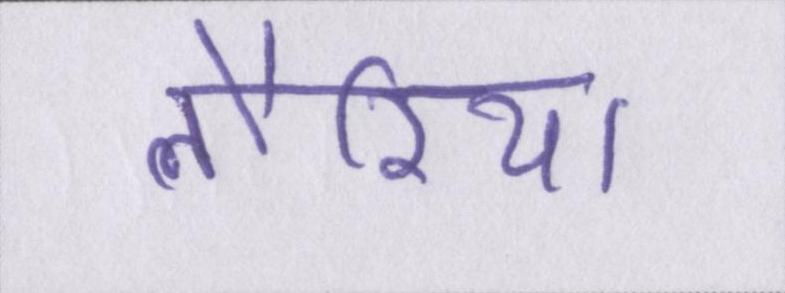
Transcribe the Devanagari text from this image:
लौरिया